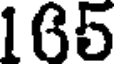
165